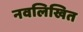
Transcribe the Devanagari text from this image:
नवलिखित